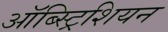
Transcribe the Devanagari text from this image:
ऑब्स्ट्रिशियन